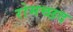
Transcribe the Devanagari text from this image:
रोमच्छद